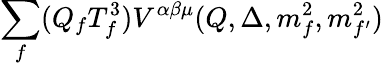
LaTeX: {\sum_{f}}({Q_{f}}{T_{f}^{3}}){V^{\alpha\beta\mu}}(Q,\Delta,{m_{f}^{2}},{m_{{f^{\prime}}}^{2}})